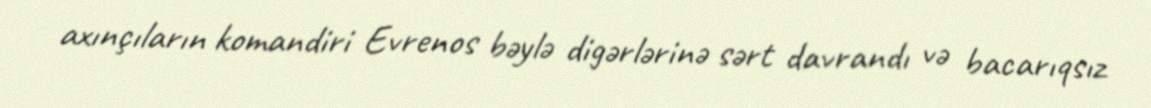
axınçıların komandiri Evrenos bəylə digərlərinə sərt davrandı və bacarıqsız